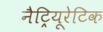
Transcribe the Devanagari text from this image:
नैट्रियूरेटिक